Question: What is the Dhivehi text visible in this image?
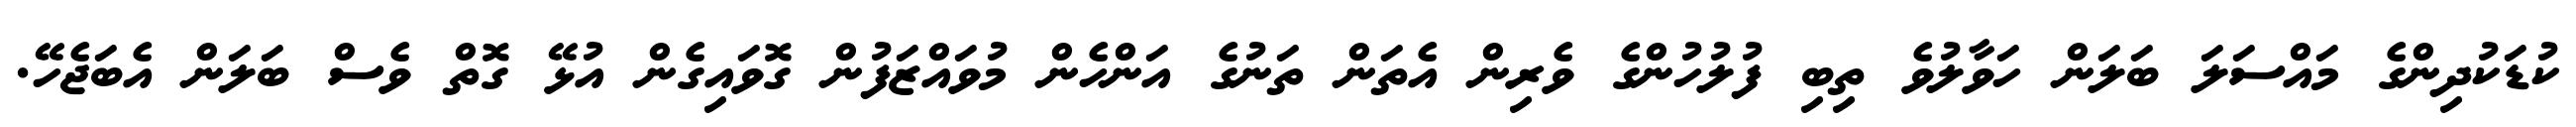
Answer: ކުޑަކުދިންގެ މައްސަލަ ބަލަން ހަވާލުވެ ތިބި ފުލުހުންގެ ވެރިން އެތަން ތަނުގެ އަންހެން މުވައްޒަފުން ގޮވައިގެން އުޅޭ ގޮތް ވެސް ބަލަން އެބަޖެހޭ.